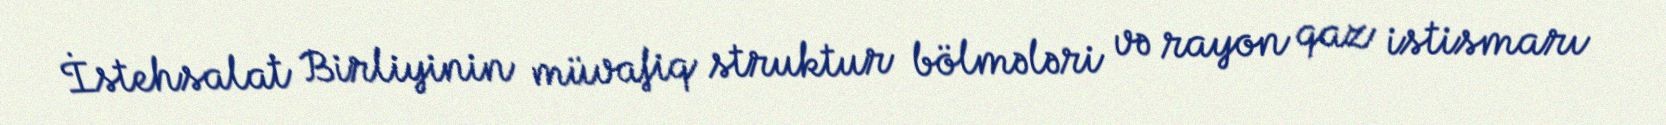
İstehsalat Birliyinin müvafiq struktur bölmələri və rayon qaz istismarı